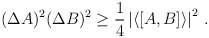
\begin{align*}(\Delta A)^2 (\Delta B)^2 \ge \frac{1}{4} \left| \langle [A,B] \rangle \right|^2 \, . \end{align*}